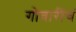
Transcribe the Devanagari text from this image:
गोवारींचं